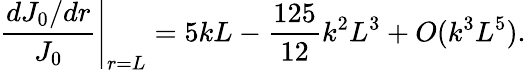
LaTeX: \left.\frac{dJ_{0}/dr}{J_{0}}\right|_{r=L}=5kL-\frac{125}{12}k^{2}L^{3}+O(k^{3}L^{5}).